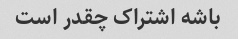
باشه اشتراک چقدر است